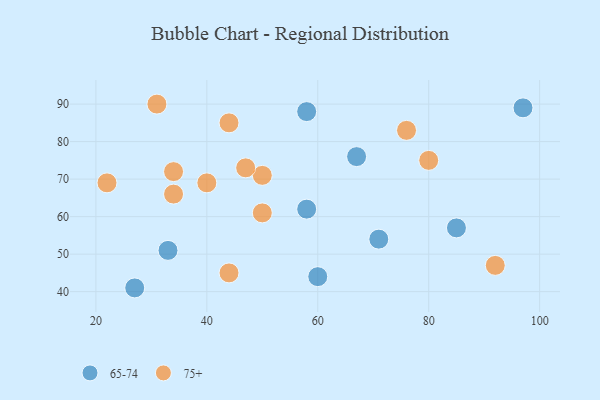
{"axis": {"x": "GDP", "y": "Life Expectancy"}, "legend": ["65-74", "75+"], "data": [{"x": "97", "y": 89, "type": "65-74"}, {"x": "58", "y": 62, "type": "65-74"}, {"x": "58", "y": 88, "type": "65-74"}, {"x": "67", "y": 76, "type": "65-74"}, {"x": "85", "y": 57, "type": "65-74"}, {"x": "71", "y": 54, "type": "65-74"}, {"x": "33", "y": 51, "type": "65-74"}, {"x": "60", "y": 44, "type": "65-74"}, {"x": "27", "y": 41, "type": "65-74"}, {"x": "44", "y": 45, "type": "75+"}, {"x": "44", "y": 85, "type": "75+"}, {"x": "34", "y": 72, "type": "75+"}, {"x": "40", "y": 69, "type": "75+"}, {"x": "50", "y": 71, "type": "75+"}, {"x": "80", "y": 75, "type": "75+"}, {"x": "92", "y": 47, "type": "75+"}, {"x": "50", "y": 61, "type": "75+"}, {"x": "76", "y": 83, "type": "75+"}, {"x": "34", "y": 66, "type": "75+"}, {"x": "31", "y": 90, "type": "75+"}, {"x": "47", "y": 73, "type": "75+"}, {"x": "22", "y": 69, "type": "75+"}]}